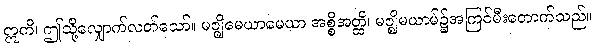
ဣတိ၊ ဤသို့လျှောက်လတ်သော်။ မဇ္ဈိမေယာမေယာ အစ္စိအတ္ထိ၊ မဇ္ဈိမယာမ်၌အကြင်မီးတောက်သည်။